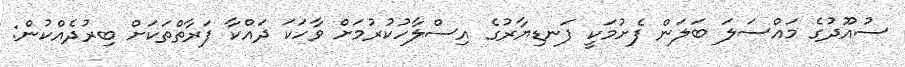
ސުއޫދުގެ މައްސަލަ ބަލަން ފެށުމަކީ ފަނޑިޔާރުގެ އިސްލާހުކުރުމަށް ވާހަކަ ދައްކާ ފަރާތްތަކަށް ބިރުދެއްކުން: